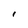
Character: I